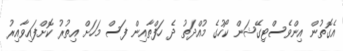
އެގޮތުން އިންވެސްޓިގޭޝަން ކޯހުގެ މުއްދަތު ދެ ހަފްތާއިން ފަސް މަހަށް އިތުރު ކޮށްފައިވާއިރު